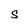
Character: S